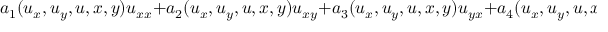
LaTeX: a _ { 1 } ( u _ { x } , u _ { y } , u , x , y ) u _ { x x } + a _ { 2 } ( u _ { x } , u _ { y } , u , x , y ) u _ { x y } + a _ { 3 } ( u _ { x } , u _ { y } , u , x , y ) u _ { y x } + a _ { 4 } ( u _ { x } , u _ { y } , u , x , y ) u _ { y y } + f ( u _ { x } , u _ { y } , u , x , y ) = 0